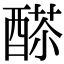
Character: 𨡸